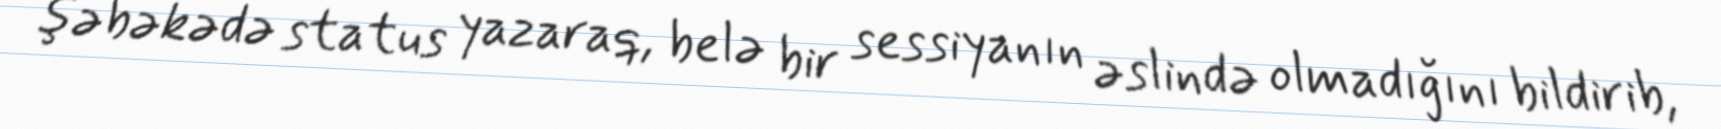
şəbəkədə status yazaraq, belə bir sessiyanın əslində olmadığını bildirib,